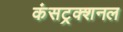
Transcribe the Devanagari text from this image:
कंसट्रक्शनल